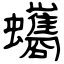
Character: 蠵